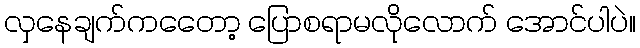
လှနေချက်ကတေော့ ပြောစရာမလိုလောက် အောင်ပါပဲ။